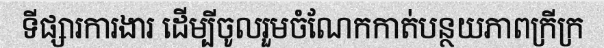
ទីផ្សារការងារ ដើម្បីចូលរួមចំណែកកាត់បន្ថយភាពក្រីក្រ